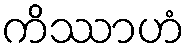
ကိဿာဟံ